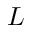
L